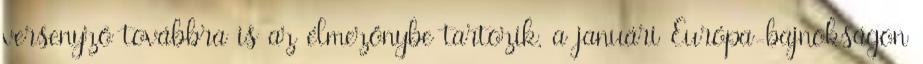
versenyző továbbra is az élmezőnybe tartozik, a januári Európa-bajnokságon